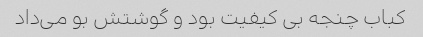
کباب چنجه بی کیفیت بود و گوشتش بو می‌داد